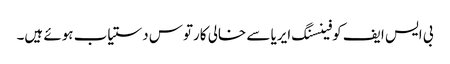
بی ایس ایف کو فینسنگ ایریا سے خالی کارتوس دستیاب ہوئے ہیں۔